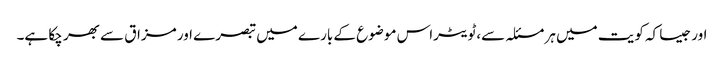
اور جیسا کہ کویت میں ہر مسئلہ سے،ٹویٹراس موضوع کے بارے میں تبصرے اور مزاق سے بھر چکا ہے۔